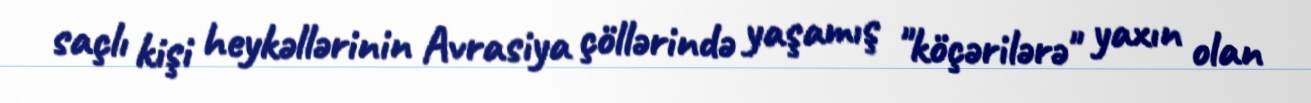
saçlı kişi heykəllərinin Avrasiya çöllərində yaşamış "köçərilərə" yaxın olan